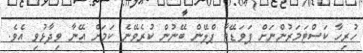
ހުރިހާ ކަސްޓަމަރުންނަށް ޕަވަޑޭޓާ ޕްލޭން ބޭނުން ކުރެވޭނެ ކަމަށް އޭނާ ވިދާޅުވި އެވެ.